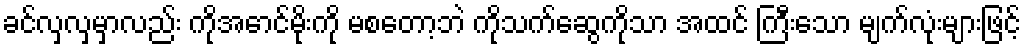
ခင်လှလှမှာလည်း ကိုအောင်မိုးကို မစတော့ဘဲ ကိုသက်ဆွေကိုသာ အထင် ကြီးသော မျက်လုံးများဖြင့်